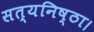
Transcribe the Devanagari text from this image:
सत्यनिष्ठा।